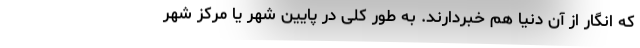
که انگار از آن دنیا هم خبردارند. به طور کلی در پایین شهر یا مرکز شهر